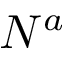
N ^ { a }